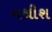
મથીશ